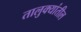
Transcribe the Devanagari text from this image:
तालुक्‍यांतील